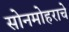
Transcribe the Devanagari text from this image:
सोनमोहराचे